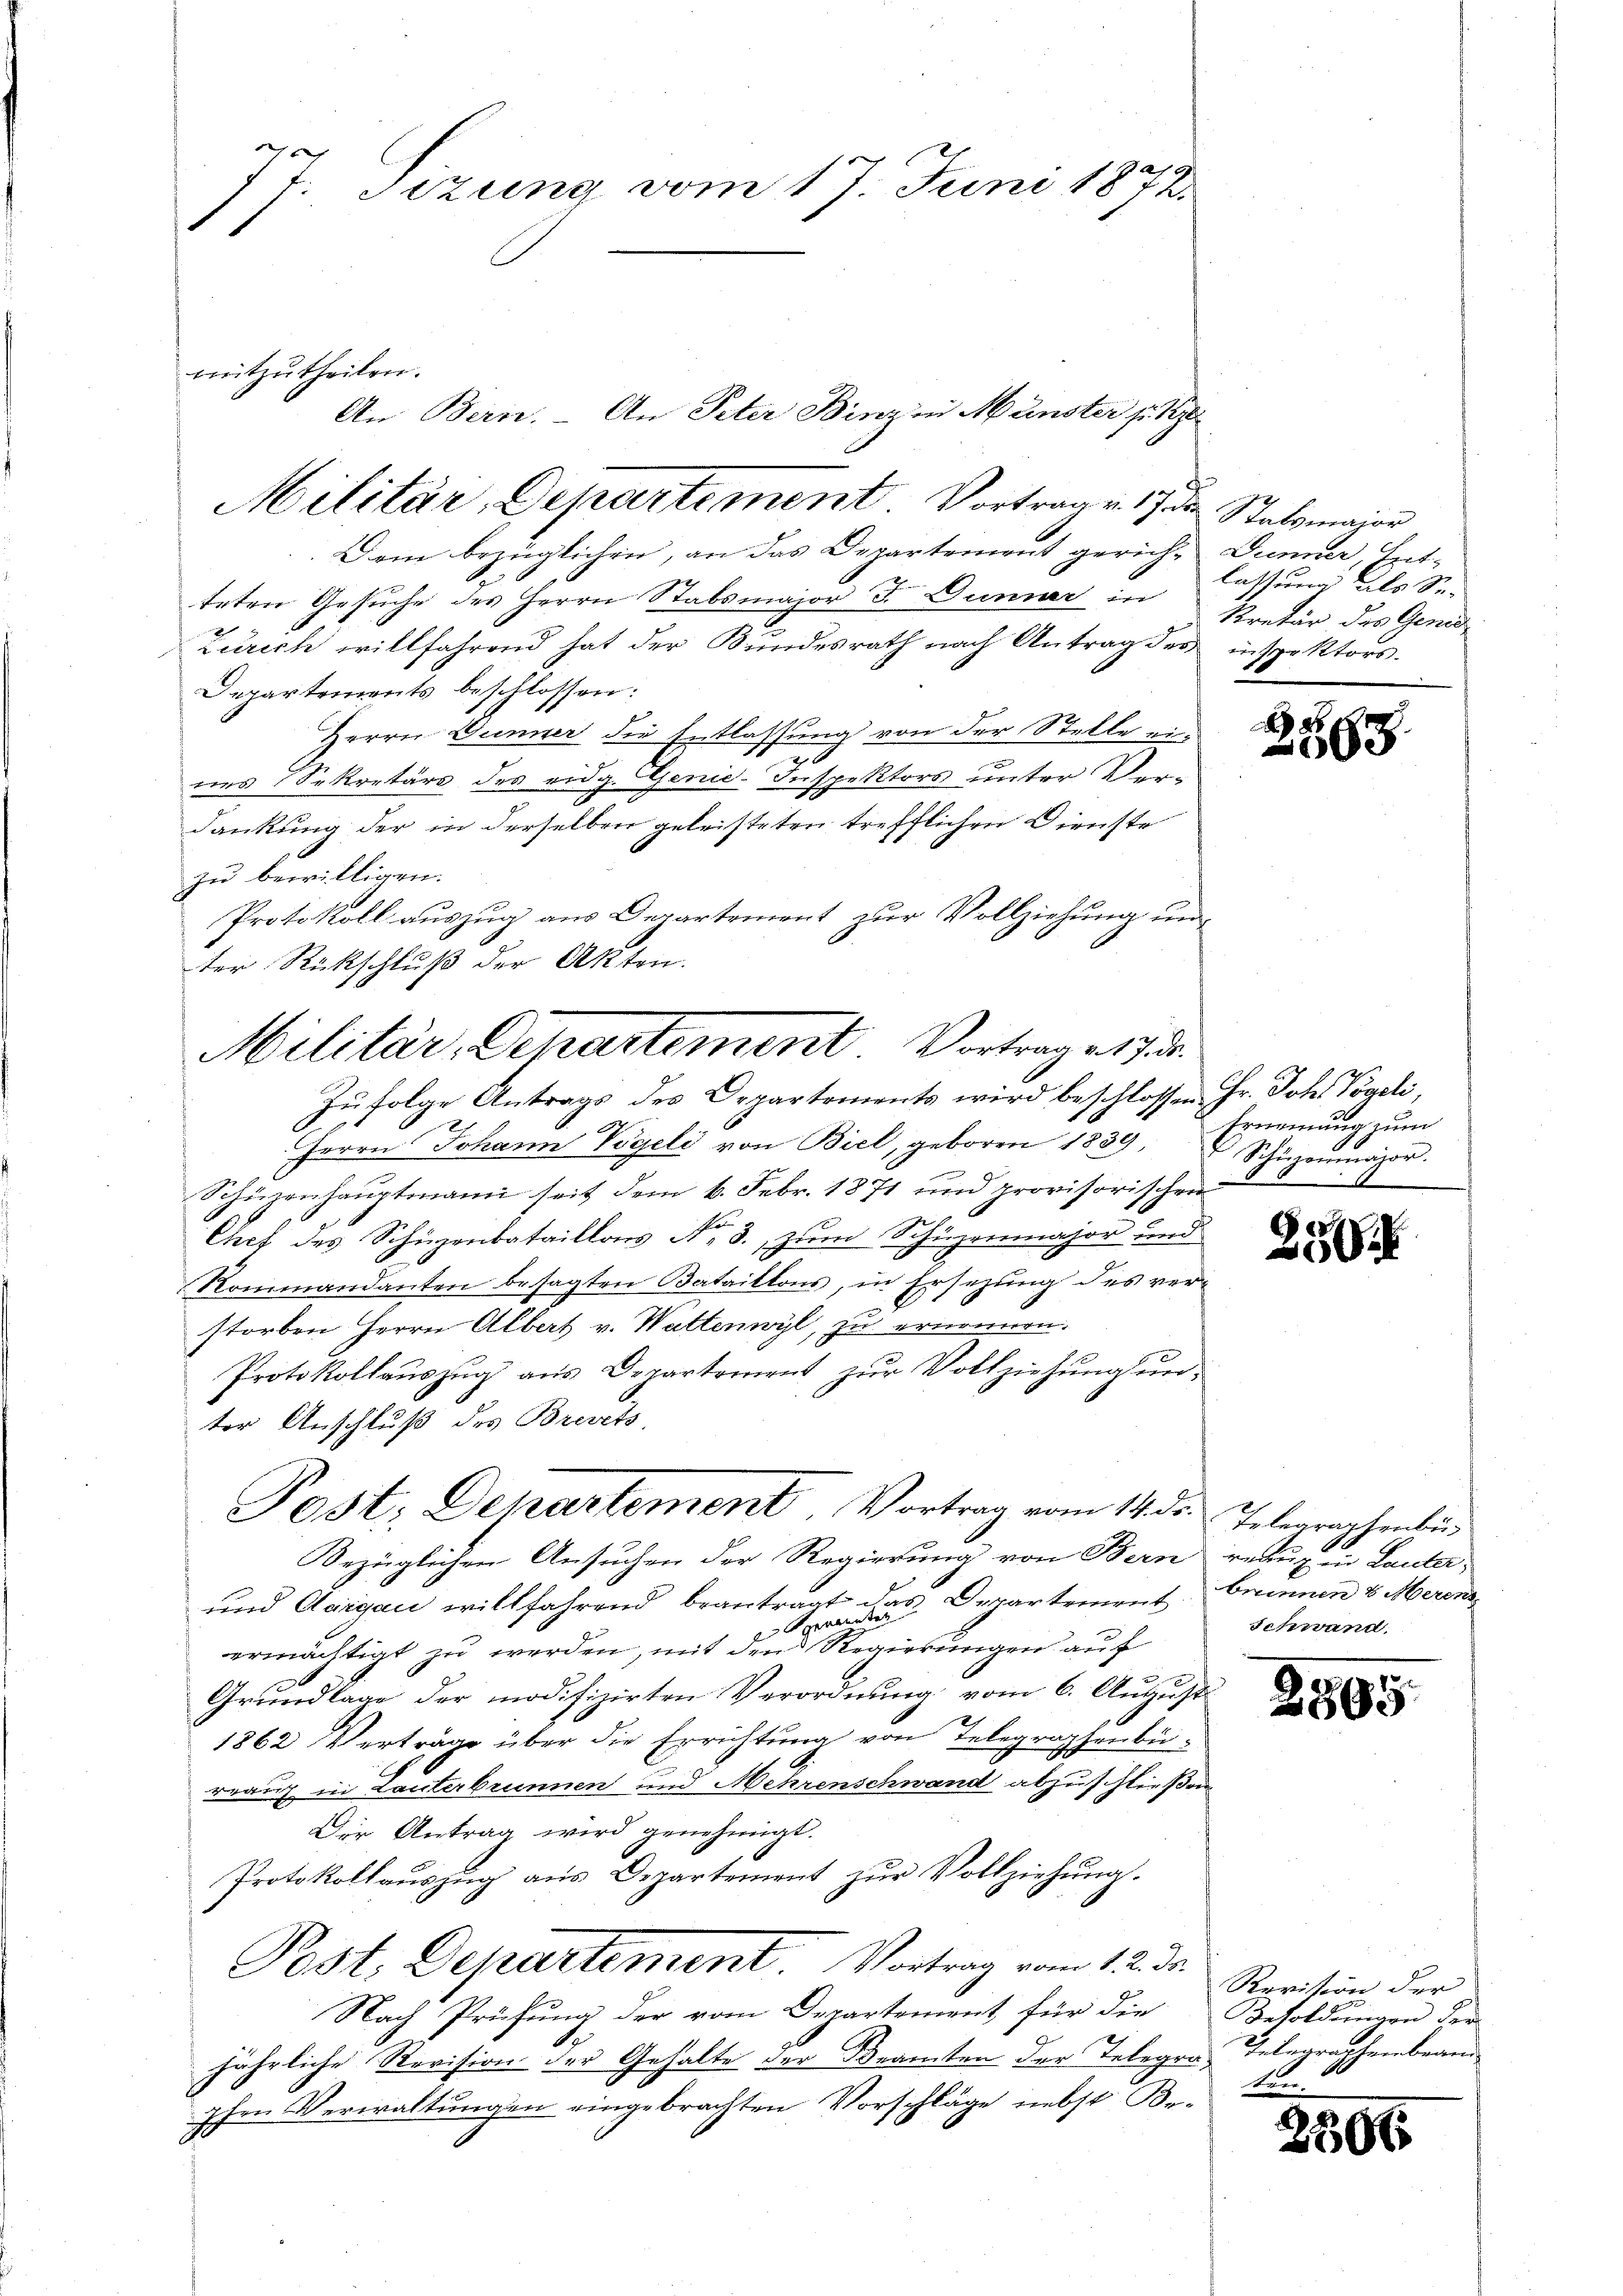
7. Sizung vom 17. Juni 1873.
1
mitzutheilen.
An Bern. An Peter Binzin Münster p. 19

Militär, Departement Vortrage 17 der Stabsmajor,

Dem bezüglichen, an das Departement gericht Dünner, Ent-
teten Gesuche des Herrn Stabsmajor J. Dumar in
2
Zürich willfahrend hat der Bundesrath nach Antrag des inspektors.
Departements beschlossen:
Herrn Dunner die Entlassung von der Stelle ein
rees Sekretärs des eidg. Genie-Inspektors unter Verdankung der in derselben geleisteten trefflichen Dienste
zu bewilligen.
Protokoll aŭszŭg aŭs Departement zŭr Vollziehŭng ŭn
ter Rückschluß der Akten.

Militär-Departement Vortrages de
Zŭfolge Antrags des Departements wird beschlossen. Hr. Joh. Vögeli,

Herrn Johann Vögeli von Biel, geboren 1839, Ernennung zum
Schüzenhauptmann seit dem 6. Febr. 1871 und provisorischen
Chef des Schinenbataillons No. 3., zum Schüzenmajor und
Rommandanten besagten Bataillons, in Ersezung des verstorben Herrn Albert v. Wattenwyl, zu ernennen.
Protokollaŭszŭg aŭs Departement zŭr Vollziehŭng unter Anschluß des Brevets.
Bezüglichen Ansuchen der Regierung von Bern genug in Lauter,
und Aargau willfahrend beantragt das Departement. Erinnen v. Merenz
 genen
ermächtigt zu werden, mit den Regierungen auf
Grundlage der modifizirten Verordnung vom 6. August
1862 Verträge über die Errichtung von Telegraphenbü-
reau in Lauterbrunnen und Mehrenschwand abzuschließen
Der Antrag wird genehmigt.
Protokollauszug aus Departement zur Vollziehung.
Post. Departement. Vortrag vom 12. d.
Nach Prüfung der vom Departement für die
jährliche Revision der Gehalte der Beamten der Telegra Telegraphenbrand
phen Verwaltungen eingebrachten Vorschläge nebst Be-

Post: Departement, Vortrag vom 14. ds. Telegraphenbur

lassung als Sekretär des Genid

2388.

6
Schüzeumajor.

250.

Schwand.

2595

Revition der
Besoldungen der
ten.

2506